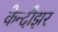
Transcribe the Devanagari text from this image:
केन्दौझर